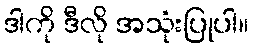
ဒါကို ဒီလို အသုံးပြုပါ။